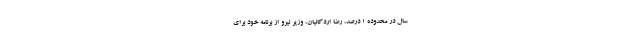
سال در محدوده 1 درصد، رضا اردکانیان، وزیر نیرو از برنامه خود برای